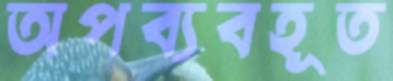
অপব্যবহূত